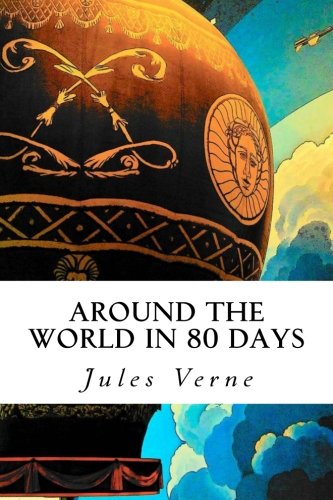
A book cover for Around the World in 80 Days; Jules Verne; Literature & Fiction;